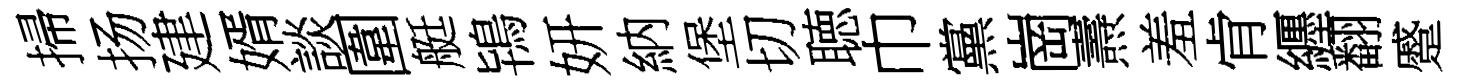
掃扬建婿談圍艇鴇妍納堡切聴巾黨崗燾羞肻纒翻蹙